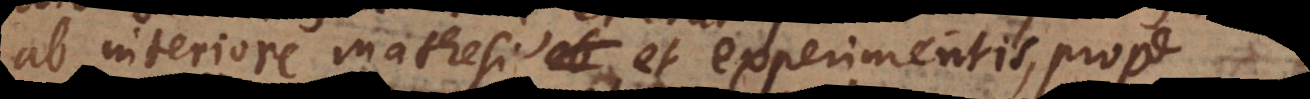
ab interiore Mathesi et experimentis, prope